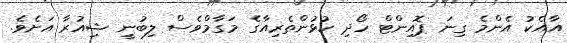
އާއެކު އެންމެ ގިނަ ޕޮއިންޓް ހޯދި ކުޅުންތެރިއާގެ މަގާމްވެސް ލިބުނީ ޝިއުރާ އަށެވެ.